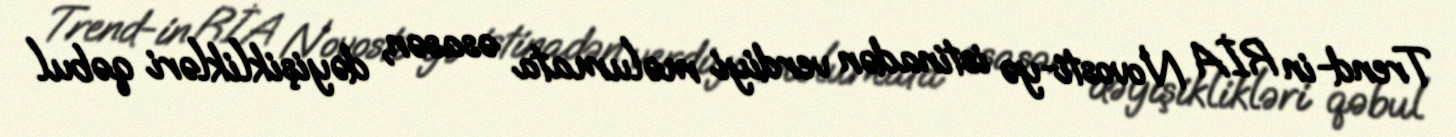
Trend-in RİA Novosti-yə istinadən verdiyi məlumata əsasən, dəyişiklikləri qəbul